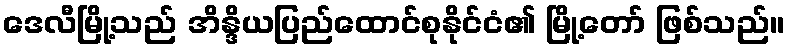
ဒေလီမြို့သည် အိန္ဒိယပြည်ထောင်စုနိုင်ငံ၏ မြို့တော် ဖြစ်သည်။